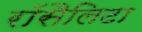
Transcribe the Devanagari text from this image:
रॉसैलिटा